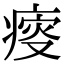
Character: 𤸃